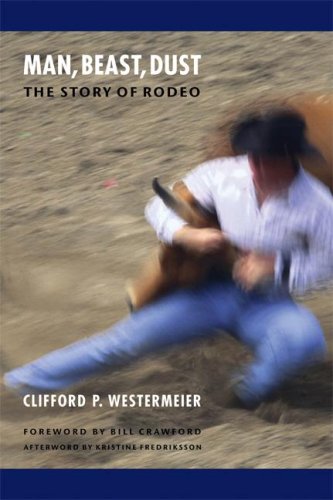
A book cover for Man, Beast, Dust (Second Edition): The Story of Rodeo; Clifford P. Westermeier; Sports & Outdoors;